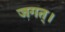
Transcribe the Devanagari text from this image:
जगत्।